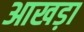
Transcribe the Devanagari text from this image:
आखड़ा